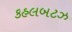
કહલબટઝ